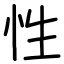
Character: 性